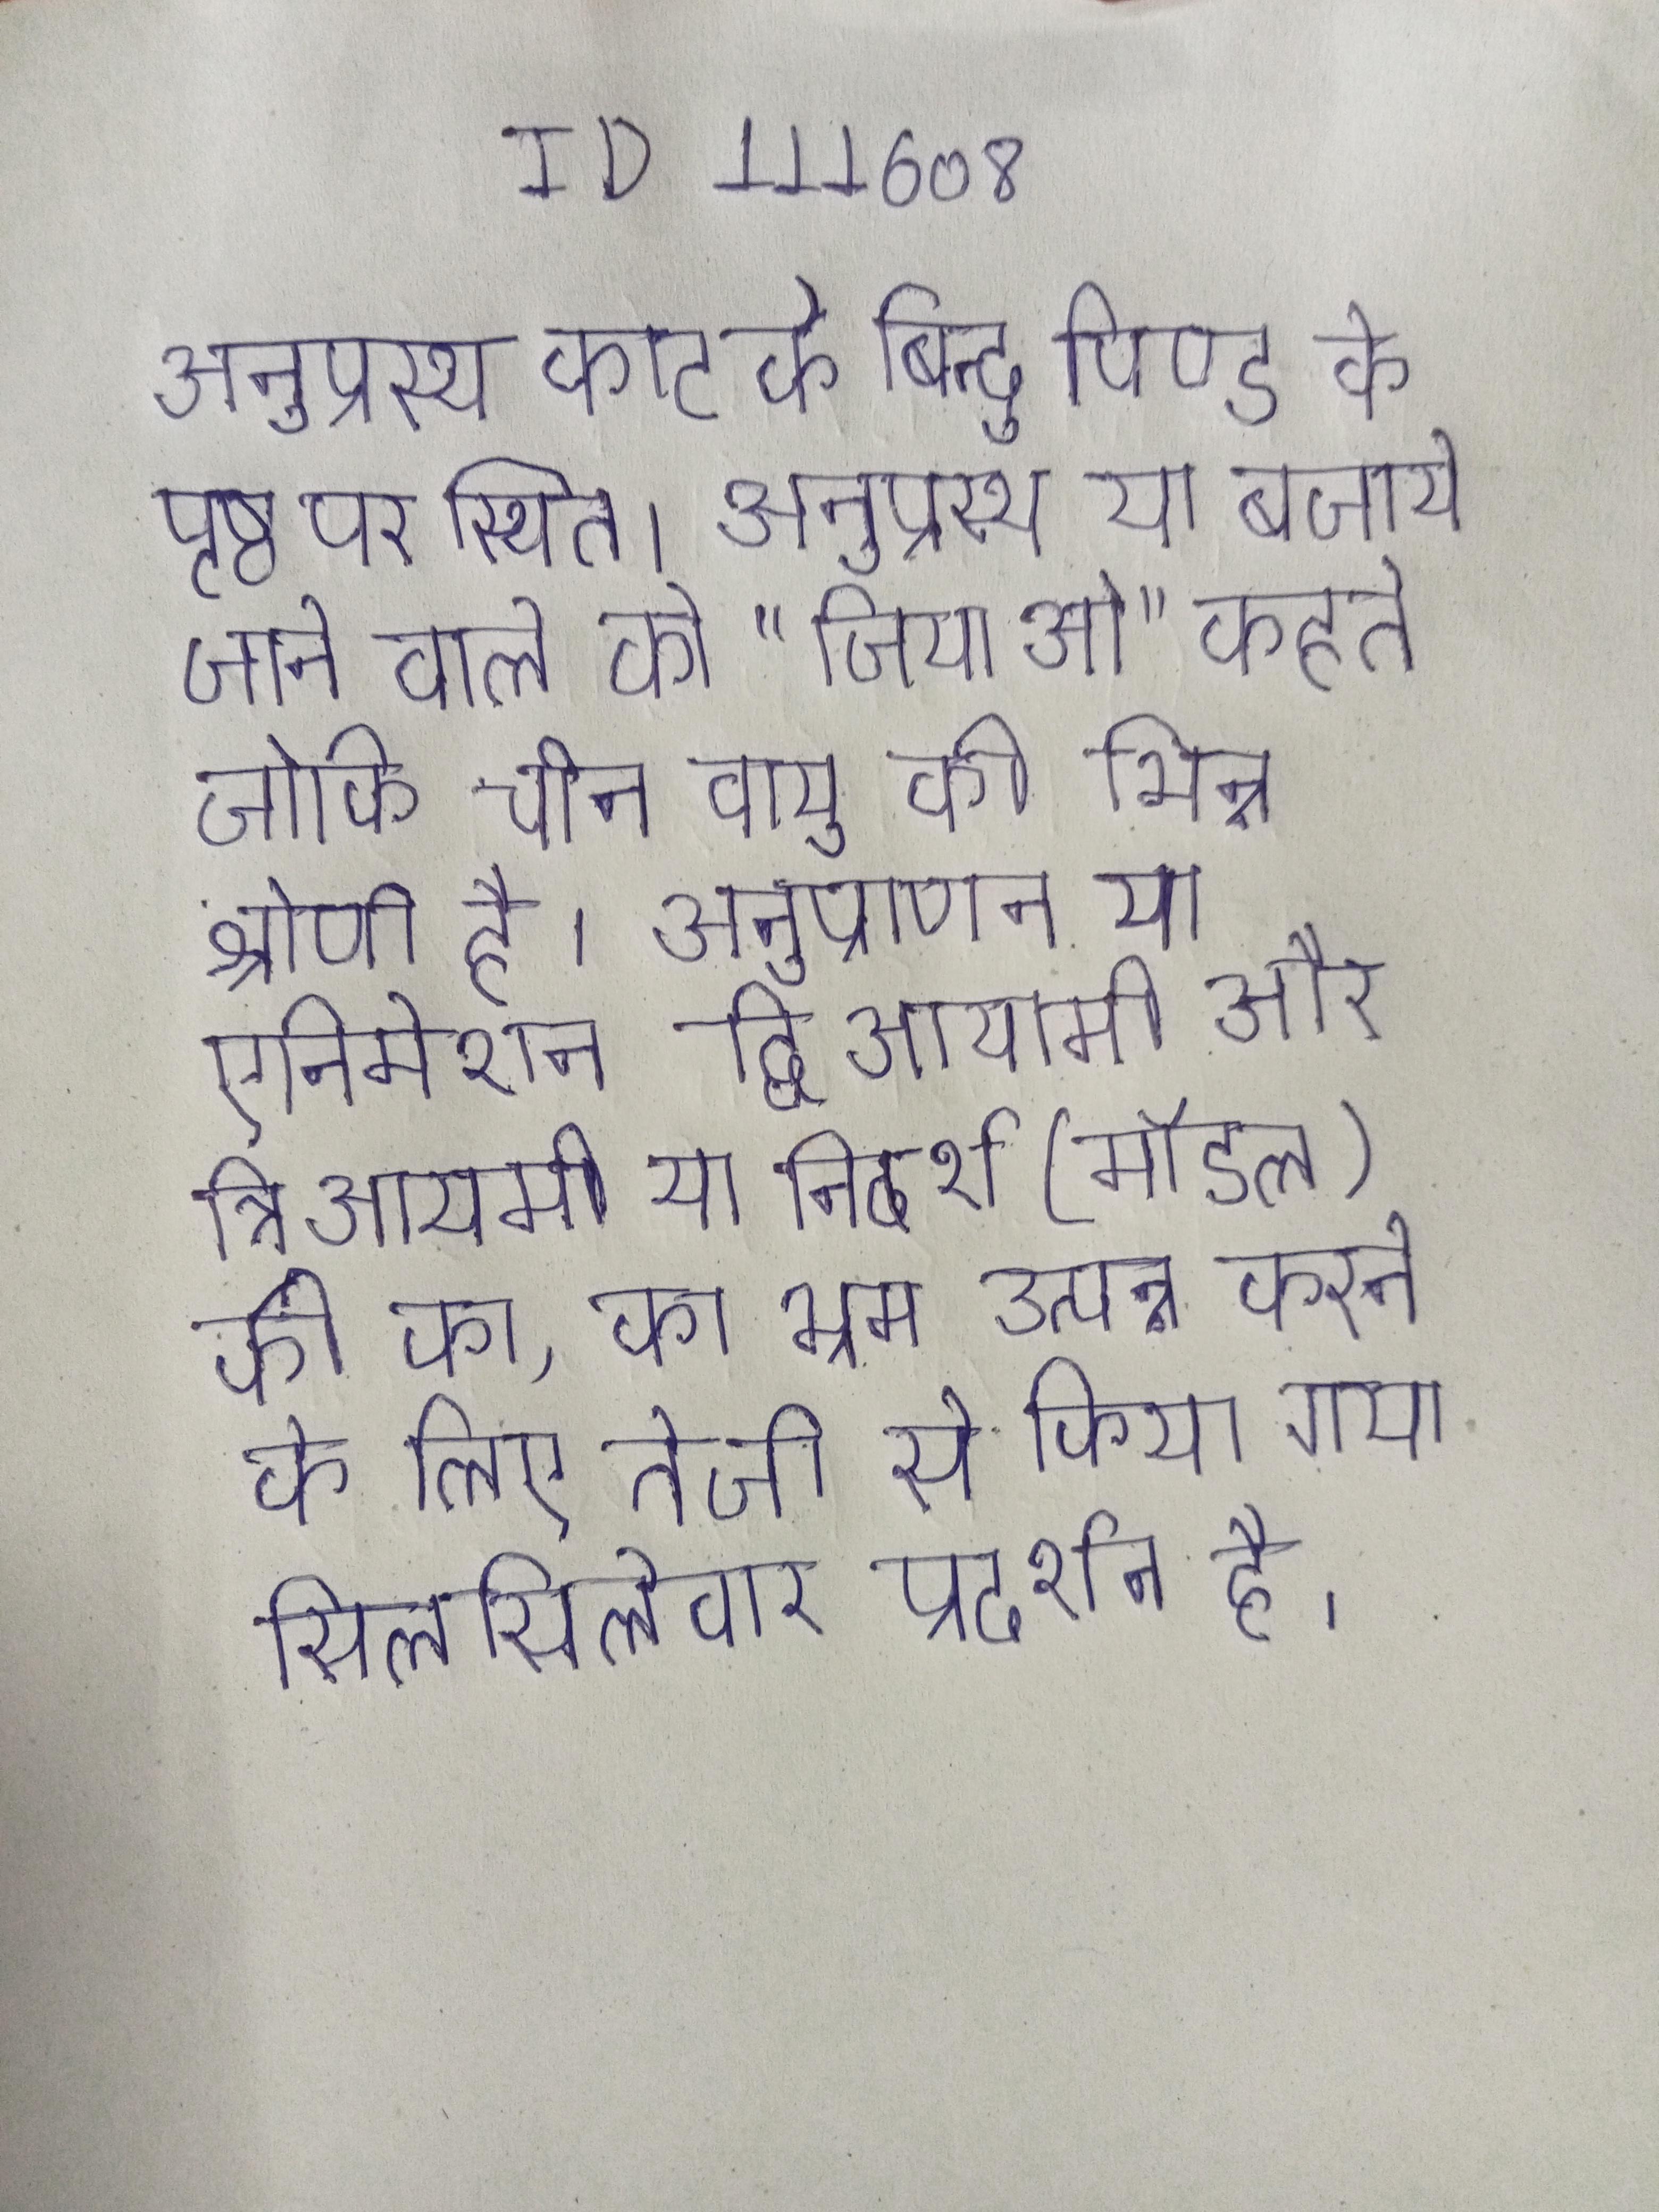
अनुप्रस्थ काट के बिन्दु पिण्ड के पृष्ठ पर स्थित । अनुप्रस्थ या बजाये जाने वाले को "जियाओ" कहते जोकि चीन वायु की भिन्न श्रेणी है । अनुप्राणन या एनिमेशन द्विआयामी और त्रिआयामी या निदर्श (मॉडल) की का, का भ्रम उत्पन्न करने के लिए तेजी से किया गया सिलसिलेवार प्रदर्शन है ।